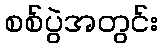
စစ်ပွဲအတွင်း